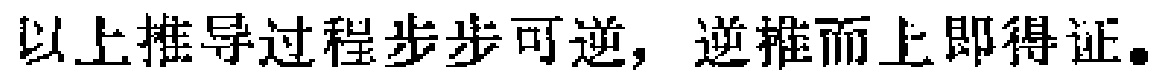
以上推导过程步步可逆，逆推而上即得证。